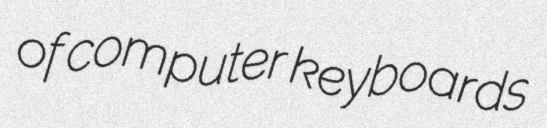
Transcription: of computer keyboards